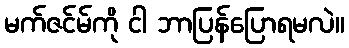
မက်ဇင်မ်ကို ငါ ဘာပြန်ပြောရမလဲ။